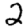
Digit: 2